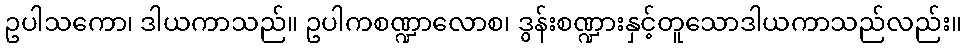
ဥပါသကော၊ ဒါယကာသည်။ ဥပါကစဏ္ဍာလောစ၊ ဒွန်းစဏ္ဍားနှင့်တူသောဒါယကာသည်လည်း။